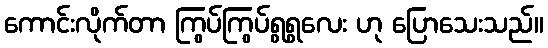
ကောင်းလိုက်တာ ကြွပ်ကြွပ်ရွရွလေး ဟု ပြောသေးသည်။